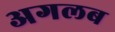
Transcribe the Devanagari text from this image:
अगलब